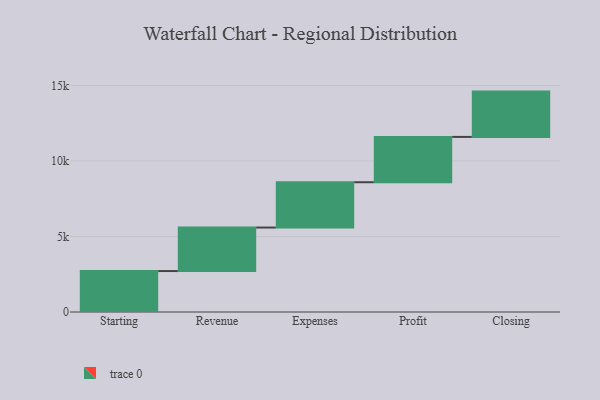
{"axis": {"x": "Step", "y": "Value"}, "legend": [""], "data": [{"x": "Starting", "y": 2711.0, "type": ""}, {"x": "Revenue", "y": 2881.0, "type": ""}, {"x": "Expenses", "y": 3000, "type": ""}, {"x": "Profit", "y": 3000, "type": ""}, {"x": "Closing", "y": 3000, "type": ""}]}